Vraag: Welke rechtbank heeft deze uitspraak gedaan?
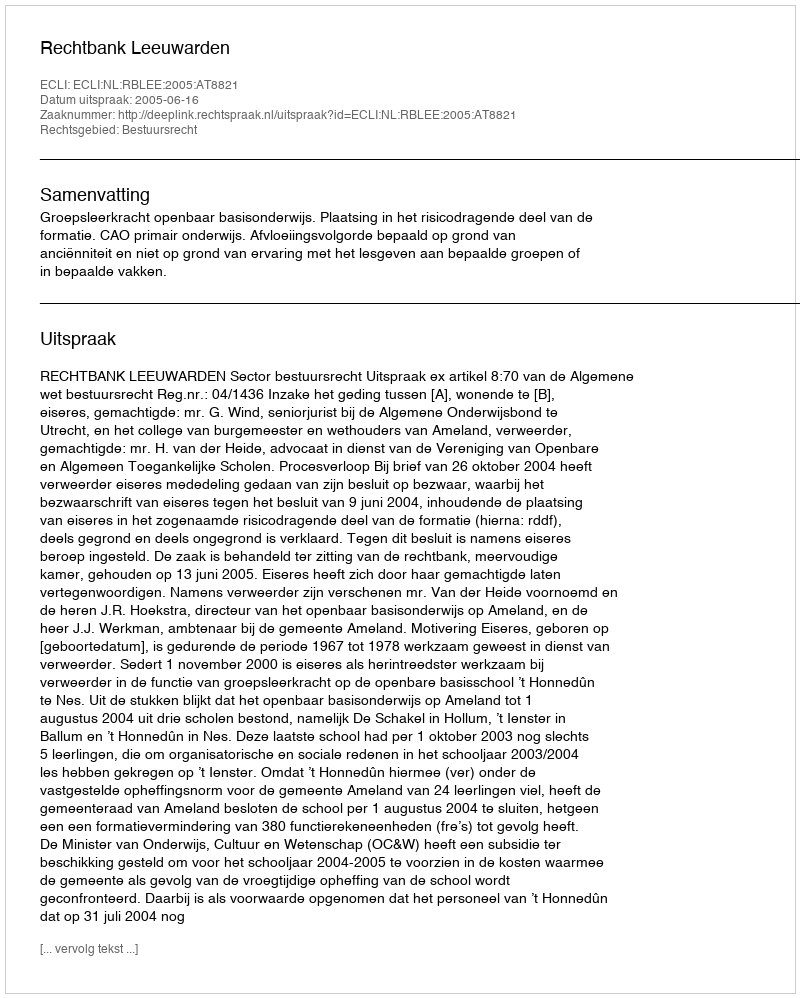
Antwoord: Rechtbank Leeuwarden